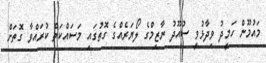
މައުމޫން ހަމީދު ވިދާޅުވީ ސުއޫދު ނާޒިމްގެ ލޯޔަރެއްގެ ގޮތުގައި މަސައްކަތް ކުރައްވާ ގޮތަށް